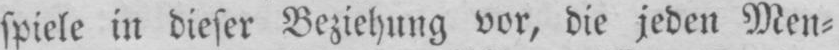
spiele in dieser Beziehung vor, die jeden Men⸗